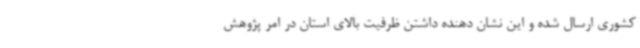
کشوری ارسال شده و این نشان دهنده داشتن ظرفیت بالای استان در امر پژوهش